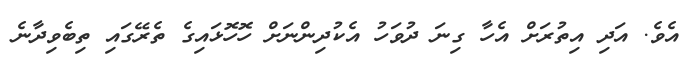
އެވެ. އަދި އިތުރަށް އެހާ ގިނަ ދުވަހު އެކުދިންނަށް ހޮހޮޅައިގެ ތެރޭގައި ތިބެވިދާނެ